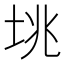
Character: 垗